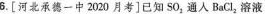
6.[河北承德一中2020月考]已知SO_{2}通入BaCI_{2}溶液